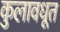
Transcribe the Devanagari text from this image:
कुलावधूत